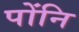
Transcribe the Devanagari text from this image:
पोंनि